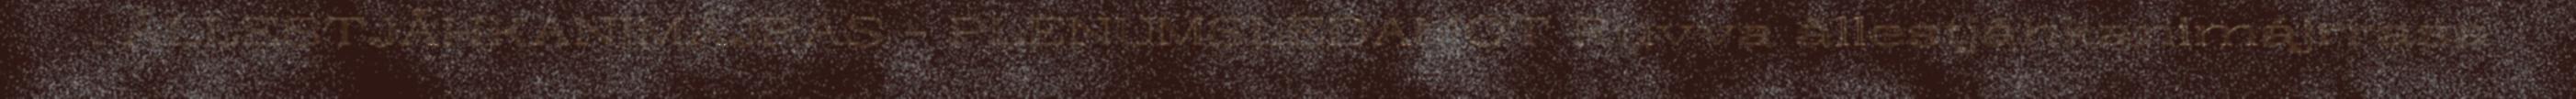
. ÅLLESTJÅHKANIMÁJRAS - PLENUMSLEDAMOT Ruvva ållestjåhkanimájrrasa